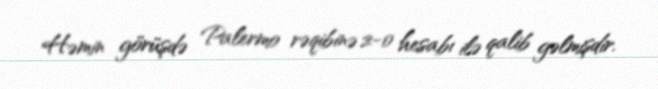
Həmin görüşdə Palermo rəqibinə 2-0 hesabı ilə qalib gəlmişdir.